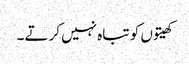
کھیتوں کو تباہ نہیں کرتے۔